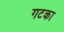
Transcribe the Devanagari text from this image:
गटका